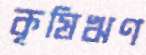
কৃষিঋণ